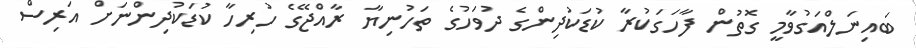
ބައިނަލްއަގުވާމީ ގޮތުން ފާހަގަކުރާ ކުޑަކުދިންގެ ދުވަހުގެ ތަހުނިޔާ ރާއްޖޭގެ ހުރިހާ ކުޑަކުދިންނަށް އަރިސް